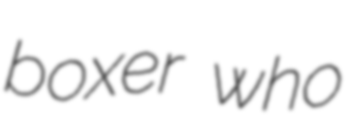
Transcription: boxer who